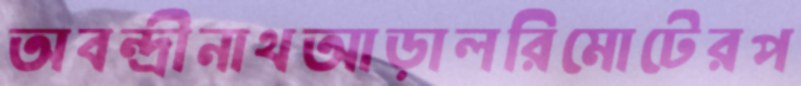
অবন্দ্রীনাথআড়ালরিমোটেরপ